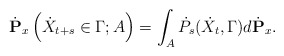
\begin{align*}\dot{\mathbf{P}}_x\left(\dot X_{t+s}\in \Gamma; A \right)=\int_A \dot P_s(\dot X_t, \Gamma) d\dot{\mathbf{P}}_x. \end{align*}